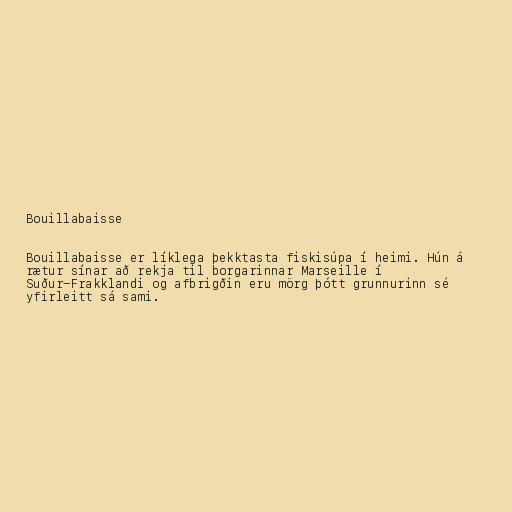
Bouillabaisse

Bouillabaisse er líklega þekktasta fiskisúpa í heimi. Hún á
rætur sínar að rekja til borgarinnar Marseille í
Suður-Frakklandi og afbrigðin eru mörg þótt grunnurinn sé
yfirleitt sá sami.